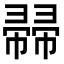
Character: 𢅜